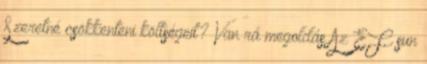
Szeretné csökkenteni költségeit? Van rá megoldás Az EF sun